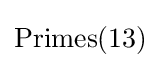
{\text{Primes}}(13)